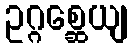
ဥဂ္ဂစ္ဆေယျ